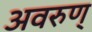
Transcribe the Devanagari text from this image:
अवरुण्